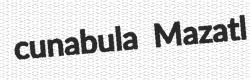
cunabula Mazatl